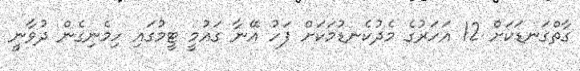
ގާތްގަނޑަކަށް 12 އަހަރުގެ މެދުކެނޑުމަކަށް ފަހު އޭނާ ގައުމީ ޓީމުގައި ހިމެނިގެން ދުވާނީ